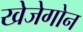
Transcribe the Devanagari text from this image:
खेजेगोन